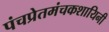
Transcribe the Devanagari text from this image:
पंचप्रेतमंचकशायिनी